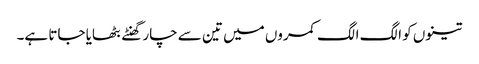
تینوں کو الگ الگ کمروں میں تین سے چار گھنٹے بٹھایا جاتا ہے۔